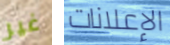
غير الإعلانات